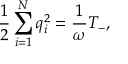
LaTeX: \frac { 1 } { 2 } \sum _ { i = 1 } ^ { N } q _ { i } ^ { 2 } = \frac { 1 } { \omega } T _ { - } ,